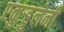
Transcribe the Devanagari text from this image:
एकुर्‍हुलेनी